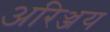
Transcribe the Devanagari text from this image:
अरिञ्जय